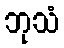
ဘုသံ